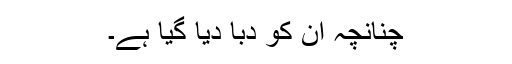
چنانچہ ان کو دبا دیا گیا ہے۔